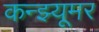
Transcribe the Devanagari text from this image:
कन्झ्यूमर